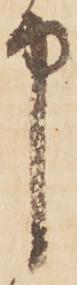
申